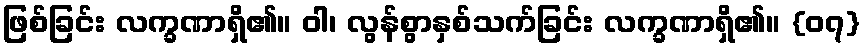
ဖြစ်ခြင်း လက္ခဏာရှိ၏။ ဝါ၊ လွန်စွာနှစ်သက်ခြင်း လက္ခဏာရှိ၏။ {၀၇}